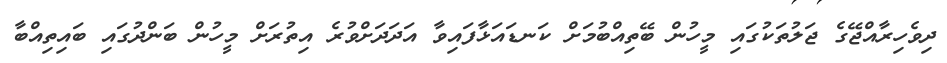
ދިވެހިރާއްޖޭގެ ޖަލުތަކުގައި މީހުން ބޭތިއްބުމަށް ކަނޑައަޅާފައިވާ އަދަދަށްވުރެ އިތުރަށް މީހުން ބަންދުގައި ބައިތިއްބާ